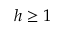
h \geq 1